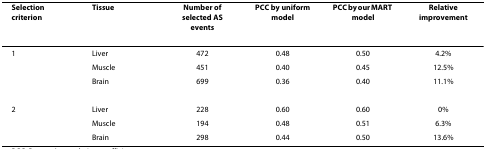
<table><thead><tr><td><b>Selection criterion</b></td><td><b>Tissue</b></td><td><b>Number of selected AS events</b></td><td><b>PCC by uniform model</b></td><td><b>PCC by our MART model</b></td><td><b>Relative improvement</b></td></tr></thead><tbody><tr><td>1</td><td>Liver</td><td>472</td><td>0.48</td><td>0.50</td><td>4.2%</td></tr><tr><td></td><td>Muscle</td><td>451</td><td>0.40</td><td>0.45</td><td>12.5%</td></tr><tr><td></td><td>Brain</td><td>699</td><td>0.36</td><td>0.40</td><td>11.1%</td></tr><tr><td>2</td><td>Liver</td><td>228</td><td>0.60</td><td>0.60</td><td>0%</td></tr><tr><td></td><td>Muscle</td><td>194</td><td>0.48</td><td>0.51</td><td>6.3%</td></tr><tr><td></td><td>Brain</td><td>298</td><td>0.44</td><td>0.50</td><td>13.6%</td></tr></tbody></table>